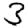
Digit: 3